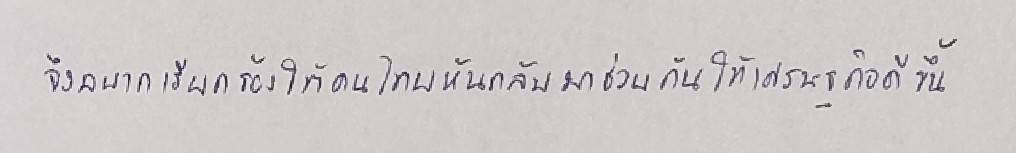
จึงอยากเรียกร้องให้คนไทยหันกลับมาช่วยกันให้เศรษฐกิจดีขึ้น